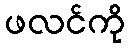
ဖလင်ကို